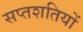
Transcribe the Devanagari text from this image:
सप्तशतियों